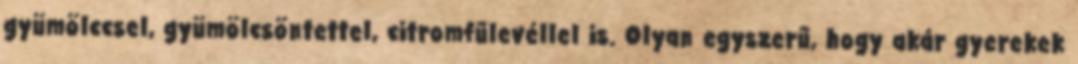
gyümölccsel, gyümölcsöntettel, citromfűlevéllel is. Olyan egyszerű, hogy akár gyerekek